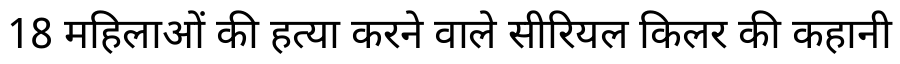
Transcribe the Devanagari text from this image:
18 महिलाओं की हत्या करने वाले सीरियल किलर की कहानी